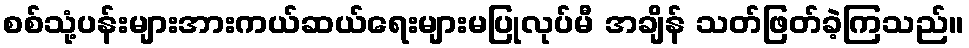
စစ်သုံ့ပန်းများအားကယ်ဆယ်ရေးများမပြုလုပ်မီ အချိန် သတ်ဖြတ်ခဲ့ကြသည်။